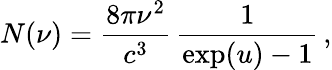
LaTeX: N(\nu)=\frac{8\pi\nu^{2}}{c^{3}}\, \frac{1}{\exp(u)-1}\, ,